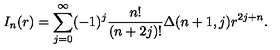
I _ { n } ( r ) = \sum _ { j = 0 } ^ { \infty } ( - 1 ) ^ { j } \frac { n ! } { ( n + 2 j ) ! } \Delta ( n + 1 , j ) r ^ { 2 j + n } .